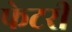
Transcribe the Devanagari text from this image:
फेटरी